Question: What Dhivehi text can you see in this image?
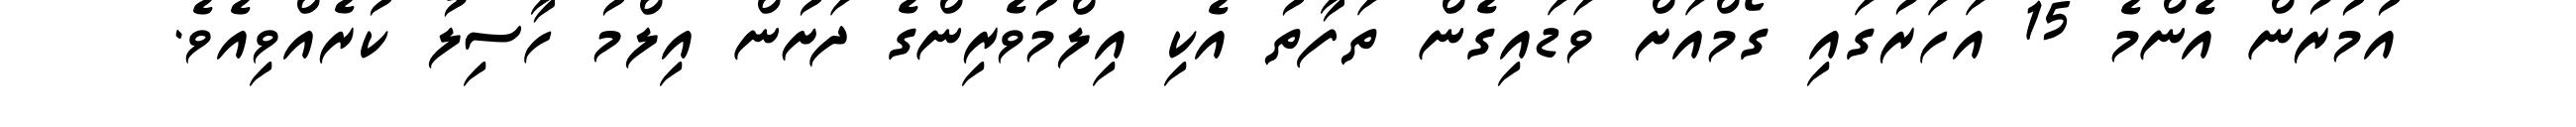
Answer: އުމުރުން އެންމެ 15 އަހަރުގައި ގޯމްއަށް ވަޑައިގެން ތަފާތު އެކި އިލްމުވެރިންގެ ދަށުން އިލްމު ހާސިލު ކުރެއްވިއެވެ.